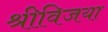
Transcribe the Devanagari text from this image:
श्रीविजया